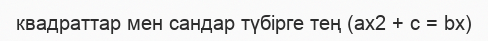
квадраттар мен сандар түбірге тең (ax2 + c = bx)